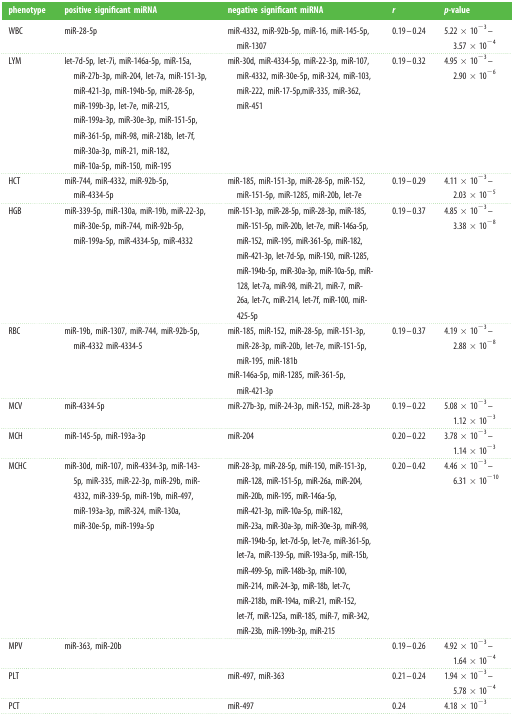
<table><thead><tr><td><b>phenotype</b></td><td><b>positive significant miRNA</b></td><td><b>negative significant miRNA</b></td><td><b><i>r</i></b></td><td><b><i>p</i>-value</b></td></tr></thead><tbody><tr><td>WBC</td><td>miR-28-5p</td><td>miR-4332, miR-92b-5p, miR-16, miR-145-5p, miR-1307</td><td>0.19–0.24</td><td>5.22 × 10<sup>−3</sup>–3.57 × 10<sup>−4</sup></td></tr><tr><td>LYM</td><td>let-7d-5p, let-7i, miR-146a-5p, miR-15a, miR-27b-3p, miR-204, let-7a, miR-151-3p, miR-421-3p, miR-194b-5p, miR-28-5p, miR-199b-3p, let-7e, miR-215, miR-199a-3p, miR-30e-3p, miR-151-5p, miR-361-5p, miR-98, miR-218b, let-7f, miR-30a-3p, miR-21, miR-182, miR-10a-5p, miR-150, miR-195</td><td>miR-30d, miR-4334-5p, miR-22-3p, miR-107, miR-4332, miR-30e-5p, miR-324, miR-103, miR-222, miR-17-5p,miR-335, miR-362, miR-451</td><td>0.19–0.32</td><td>4.95 × 10<sup>−3</sup>–2.90 × 10<sup>−6</sup></td></tr><tr><td>HCT</td><td>miR-744, miR-4332, miR-92b-5p, miR-4334-5p</td><td>miR-185, miR-151-3p, miR-28-5p, miR-152, miR-151-5p, miR-1285, miR-20b, let-7e</td><td>0.19–0.29</td><td>4.11 × 10<sup>−3</sup>–2.03 × 10<sup>−5</sup></td></tr><tr><td>HGB</td><td>miR-339-5p, miR-130a, miR-19b, miR-22-3p, miR-30e-5p, miR-744, miR-92b-5p, miR-199a-5p, miR-4334-5p, miR-4332</td><td>miR-151-3p, miR-28-5p, miR-28-3p, miR-185, miR-151-5p, miR-20b, let-7e, miR-146a-5p, miR-152, miR-195, miR-361-5p, miR-182, miR-421-3p, let-7d-5p, miR-150, miR-1285, miR-194b-5p, miR-30a-3p, miR-10a-5p, miR-128, let-7a, miR-98, miR-21, miR-7, miR-26a, let-7c, miR-214, let-7f, miR-100, miR-425-5p</td><td>0.19–0.37</td><td>4.85 × 10<sup>−3</sup>–3.38 × 10<sup>−8</sup></td></tr><tr><td>RBC</td><td>miR-19b, miR-1307, miR-744, miR-92b-5p, miR-4332 miR-4334-5</td><td>miR-185, miR-152, miR-28-5p, miR-151-3p, miR-28-3p, miR-20b, let-7e, miR-151-5p, miR-195, miR-181bmiR-146a-5p, miR-1285, miR-361-5p, miR-421-3p</td><td>0.19–0.37</td><td>4.19 × 10<sup>−3</sup>–2.88 × 10<sup>−8</sup></td></tr><tr><td>MCV</td><td>miR-4334-5p</td><td>miR-27b-3p, miR-24-3p, miR-152, miR-28-3p</td><td>0.19–0.22</td><td>5.08 × 10<sup>−3</sup>–1.12 × 10<sup>−3</sup></td></tr><tr><td>MCH</td><td>miR-145-5p, miR-193a-3p</td><td>miR-204</td><td>0.20–0.22</td><td>3.78 × 10<sup>−3</sup>–1.14 × 10<sup>−3</sup></td></tr><tr><td>MCHC</td><td>miR-30d, miR-107, miR-4334-3p, miR-143-5p, miR-335, miR-22-3p, miR-29b, miR-4332, miR-339-5p, miR-19b, miR-497, miR-193a-3p, miR-324, miR-130a, miR-30e-5p, miR-199a-5p</td><td>miR-28-3p, miR-28-5p, miR-150, miR-151-3p, miR-128, miR-151-5p, miR-26a, miR-204, miR-20b, miR-195, miR-146a-5p, miR-421-3p, miR-10a-5p, miR-182, miR-23a, miR-30a-3p, miR-30e-3p, miR-98, miR-194b-5p, let-7d-5p, let-7e, miR-361-5p, let-7a, miR-139-5p, miR-193a-5p, miR-15b, miR-499-5p, miR-148b-3p, miR-100, miR-214, miR-24-3p, miR-18b, let-7c, miR-218b, miR-194a, miR-21, miR-152, let-7f, miR-125a, miR-185, miR-7, miR-342, miR-23b, miR-199b-3p, miR-215</td><td>0.20–0.42</td><td>4.46 × 10<sup>−3</sup>–6.31 × 10<sup>−10</sup></td></tr><tr><td>MPV</td><td>miR-363, miR-20b</td><td></td><td>0.19–0.26</td><td>4.92 × 10<sup>−3</sup>–1.64 × 10<sup>−4</sup></td></tr><tr><td>PLT</td><td></td><td>miR-497, miR-363</td><td>0.21–0.24</td><td>1.94 × 10<sup>−3</sup>–5.78 × 10<sup>−4</sup></td></tr><tr><td>PCT</td><td></td><td>miR-497</td><td>0.24</td><td>4.18 × 10<sup>−3</sup></td></tr></tbody></table>